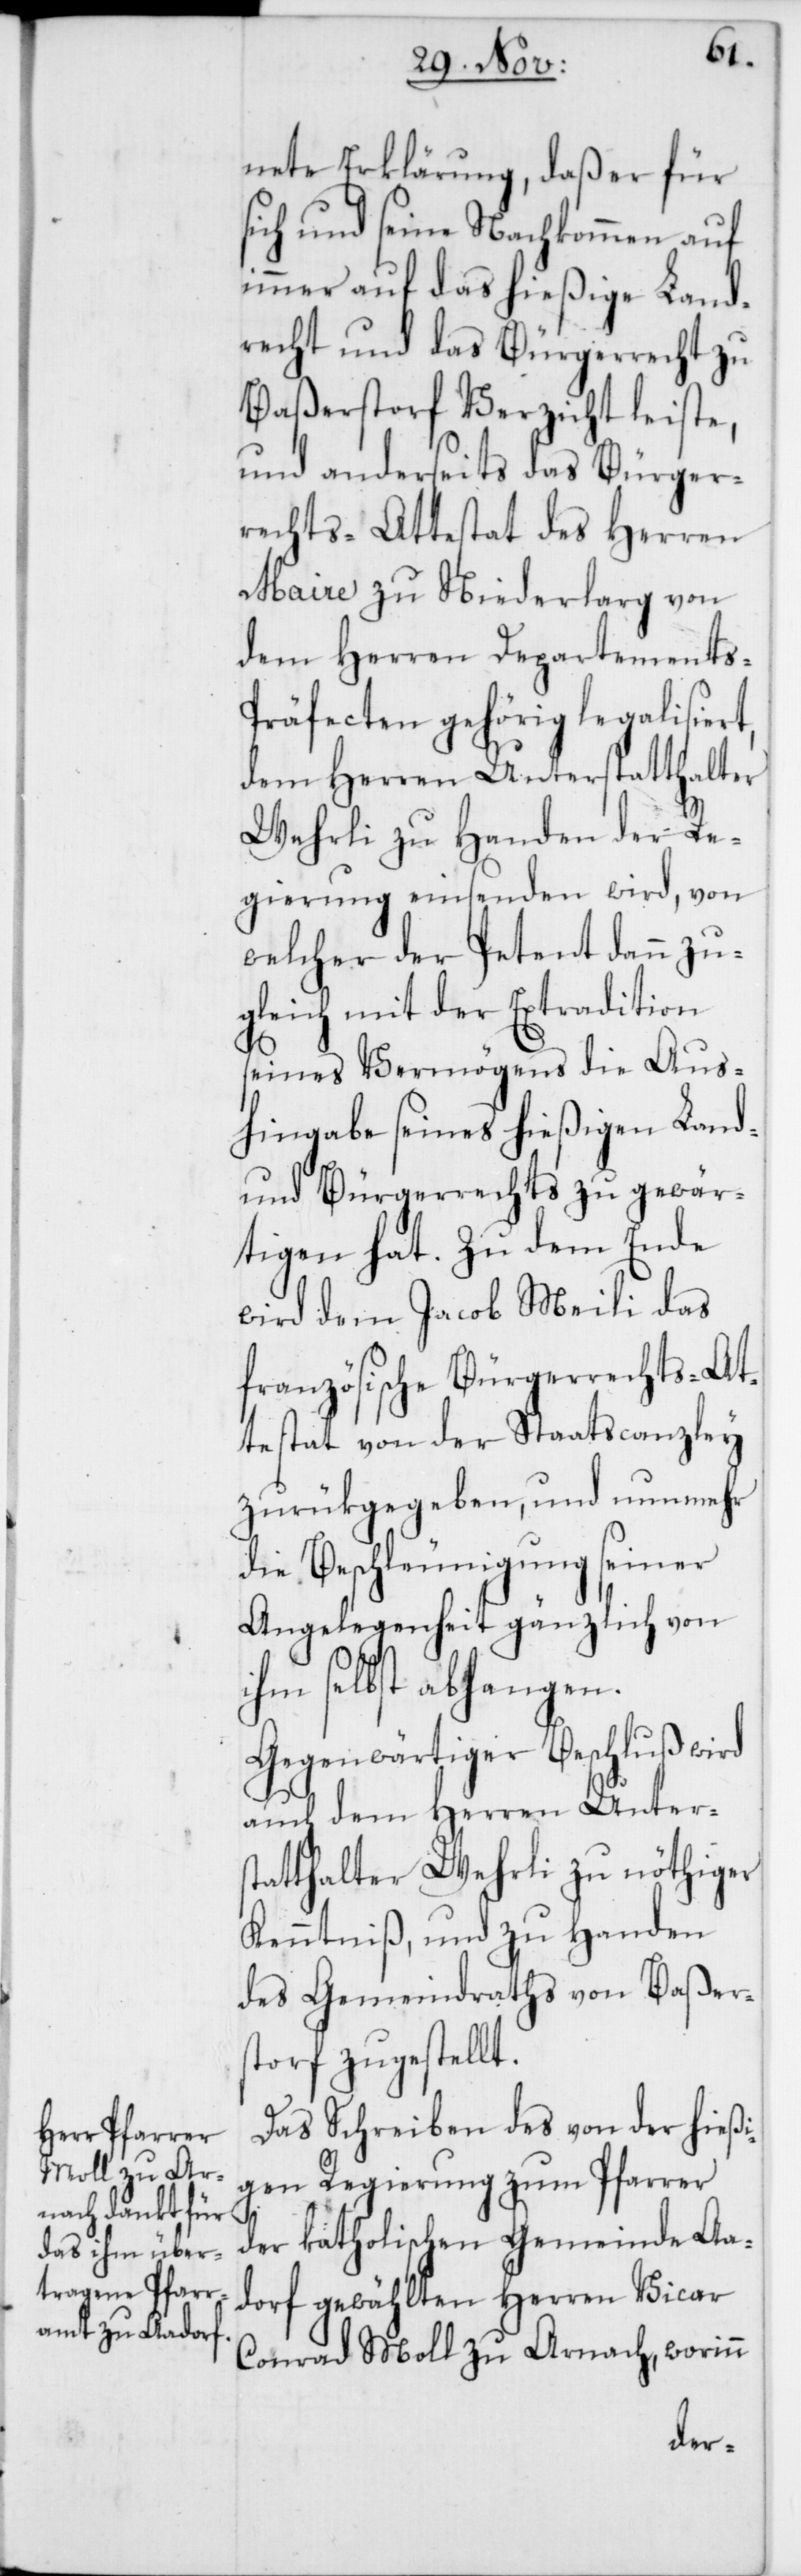
nete Erklärung, daß er für
sich und seine Nachkommen auf
immer auf das hießige Land¬
recht und das Bürgerrecht zu
Baßerstorf Verzicht leiste,
und anderseits das Bürger¬
rechts-Attestat des Herren
Maire zu Niederlarg von
dem Herren Departements-P¬
räfecten gehörig legalisiert,
dem Herren Unterstatthalter
Wehrli zu Handen der Re¬
gierung einsenden wird, von
welcher der Petent dann zu¬
gleich mit der Extradition
seines Vermögens die Aus¬
hingabe seines hießigen Land-
und Bürgerrechts zu gewär¬
tigen hat. Zu dem Ende
wird dem Jacob Meili das
französische Bürgerrechts-At¬
testat von der Staatscanzley
zurükgegeben, und nunmehr
die Beschleunigung seiner
Angelegenheit gänzlich von
ihm selbst abhangen.
Gegenwärtiger Beschluß wird
auch dem Herren Unters¬
tatthalter Wehrli zu nöthiger
Kenntniß und zu Handen
des Gemeindraths von Baßers¬
torf zugestellt.
Das Schreiben des von der hießi¬
gen Regierung zum Pfarrer
der katholischen Gemeinde Aa¬
dorf gewählten Herren Vicar
Conrad Moll zu Arnach, worinn